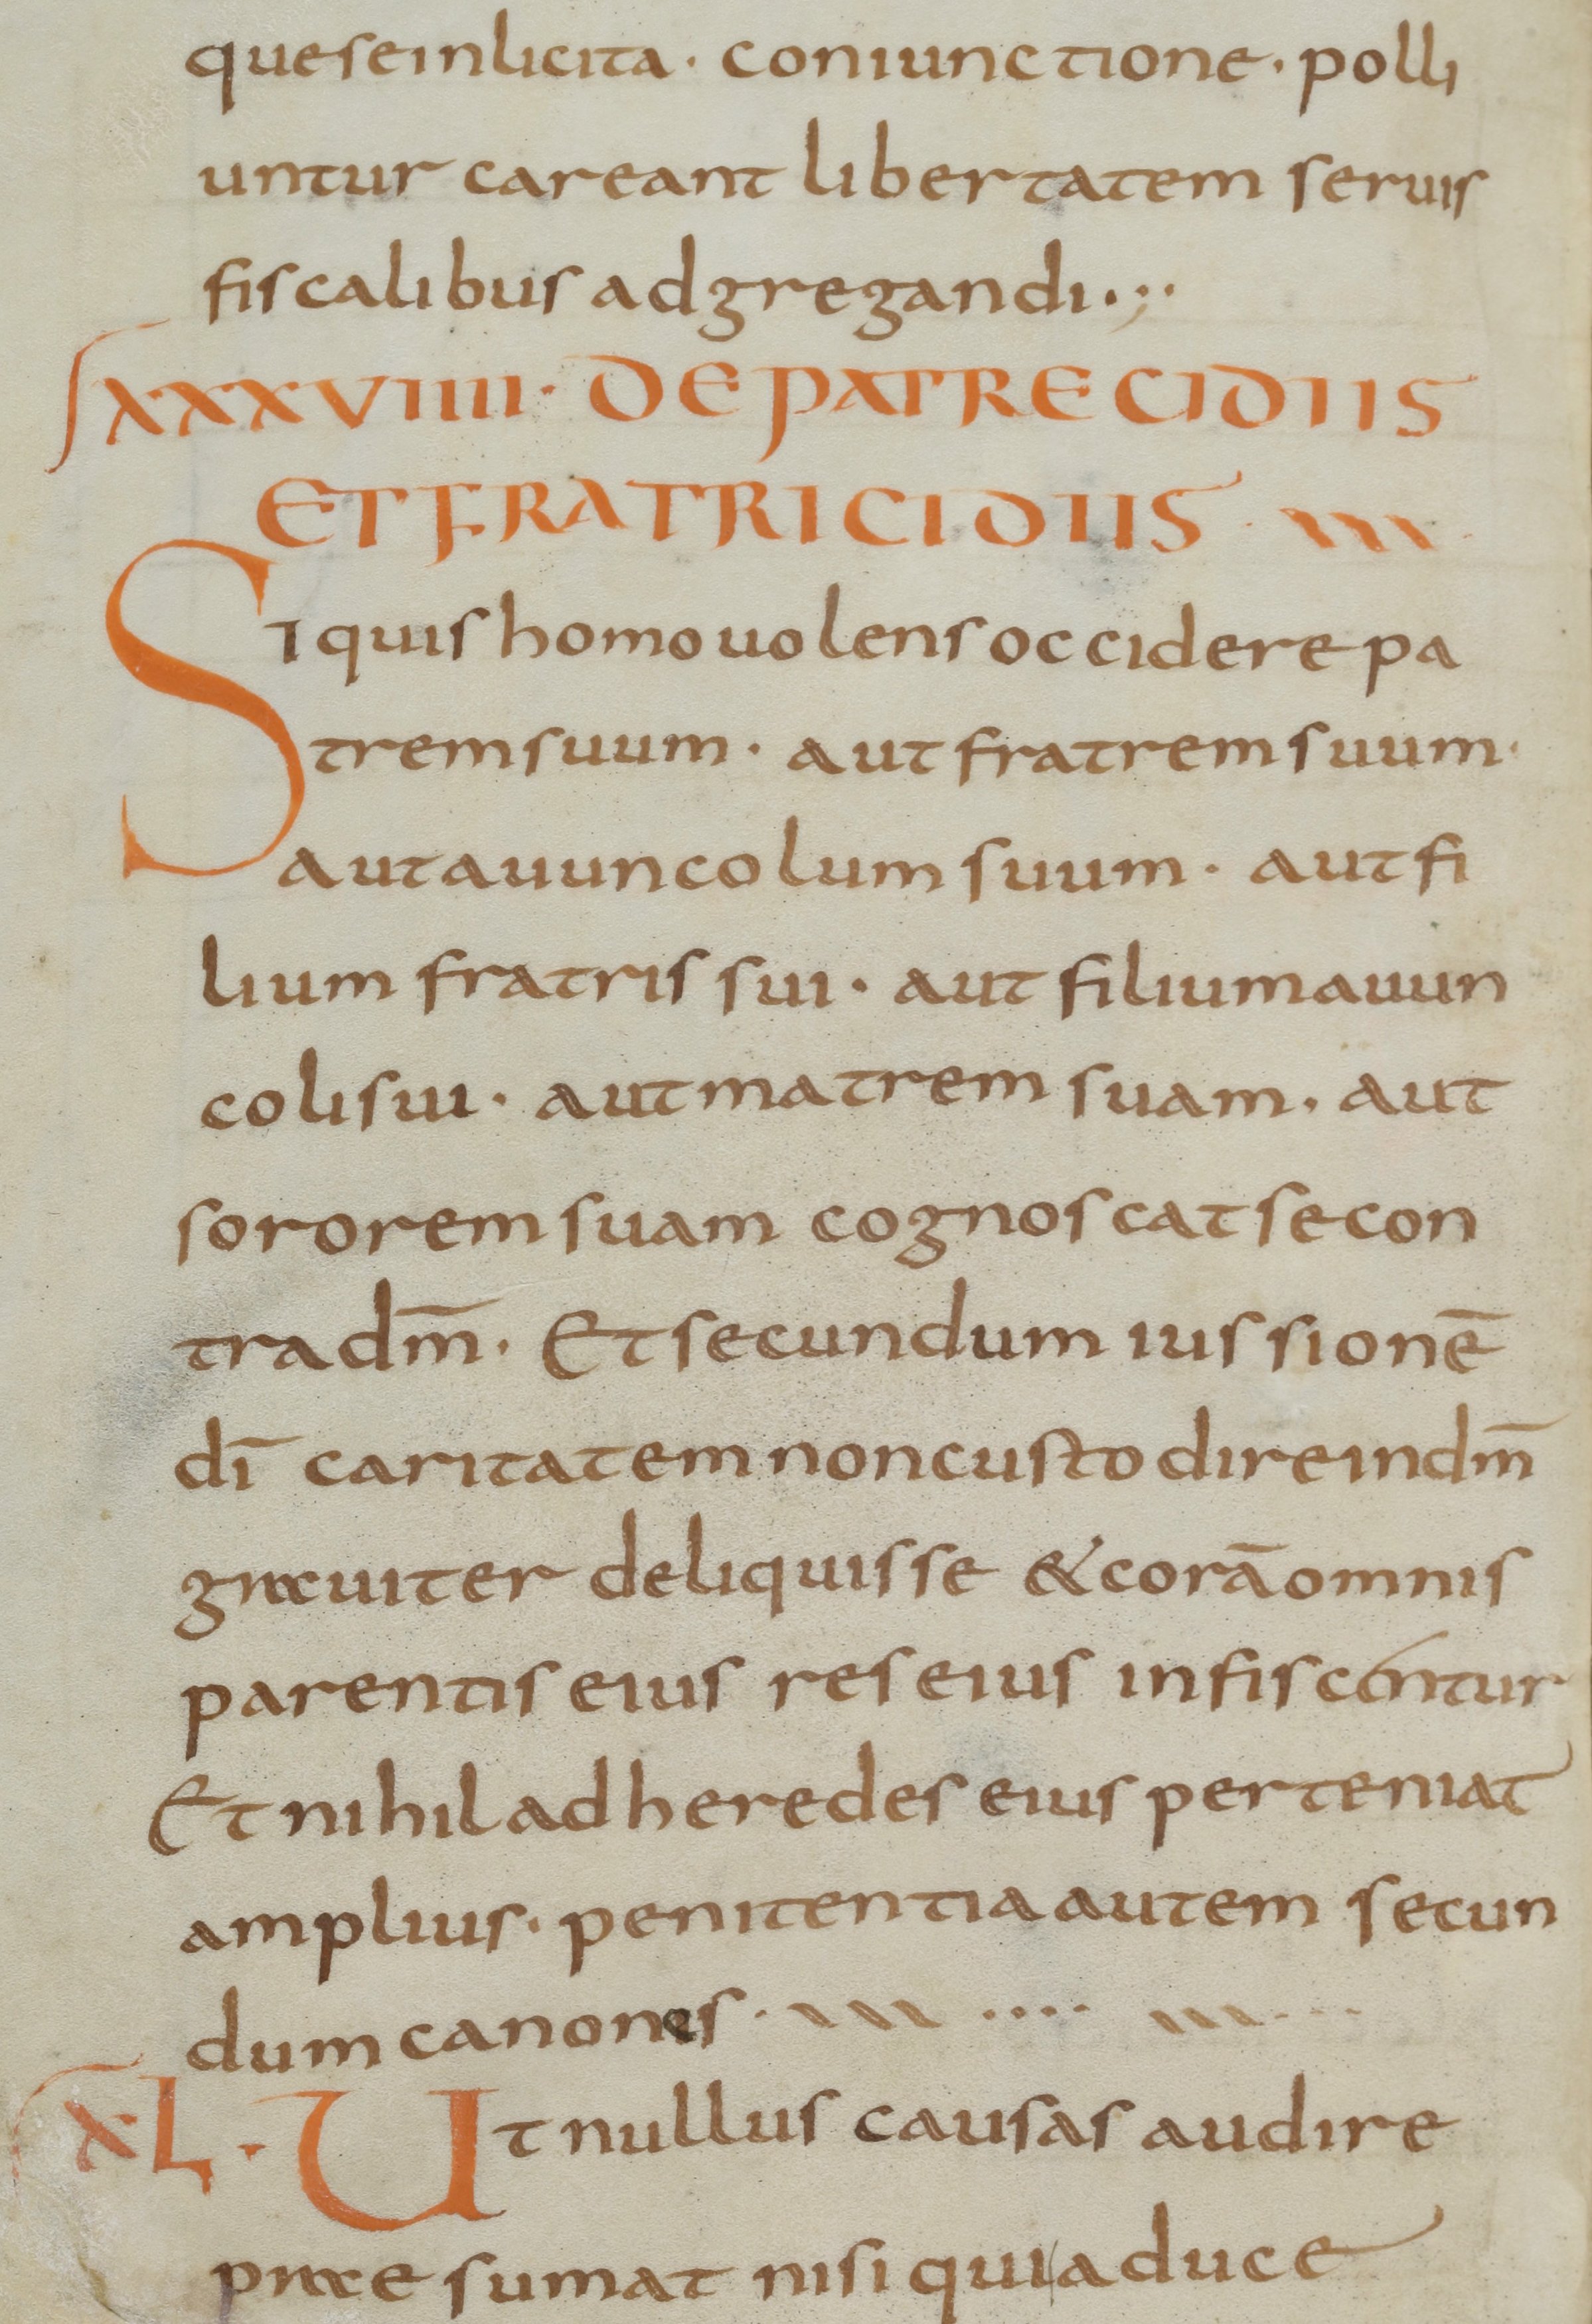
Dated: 800–830